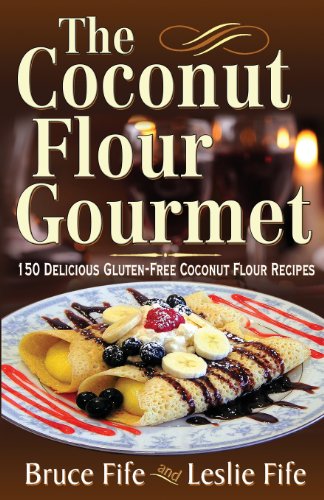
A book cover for The Coconut Flour Gourmet: 150 Delicious Gluten-Free Coconut Flour Recipes; Bruce Fife; Cookbooks, Food & Wine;